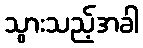
သွားသည့်အခါ